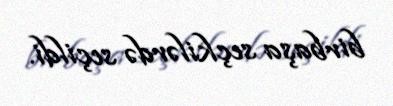
birbaşa seçkilərdə seçildi.